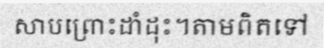
សាបព្រោះដាំដុះ។តាមពិតទៅ